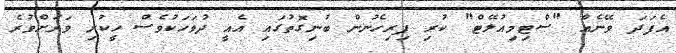
އެފަދަ ވޭނެއް "ސްޓިމިއުލޭޓް" ކުރި ފިރިހެނުން ބުނިގޮތުގައި އެއީ ދުވަހަކުވެސް ހީކުރި ވަރަށްވުރެ